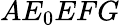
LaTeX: A{E_{0}}EFG